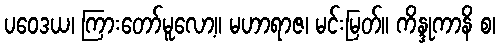
ပဝေဒယ၊ ကြားတော်မူလော့။ မဟာရာဇ၊ မင်းမြတ်။ ကိန္ဒုကာနိ စ၊